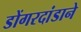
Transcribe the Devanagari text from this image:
डोंगरदांडाने